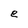
Character: e